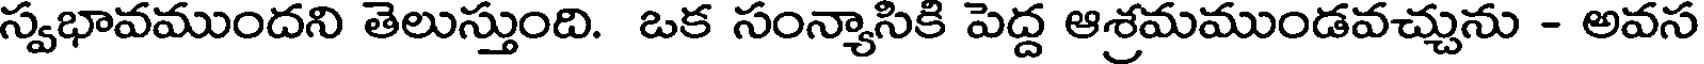
స్వభావముందని తెలుస్తుంది. ఒక సంన్యాసికి పెద్ద ఆశ్రమముండవచ్చును - అవస